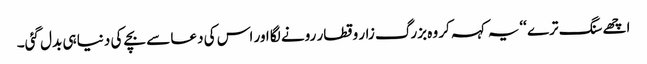
اچھے سنگ ترے ‘‘یہ کہہ کر وہ بزرگ زار و قطار رونے لگا اور اس کی دعا سے بچے کی دنیا ہی بدل گئی۔